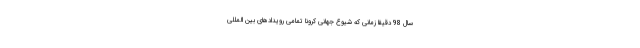
سال 98 دقیقا زمانی که شیوع جهانی کرونا تمامی رویدادهای بین المللی